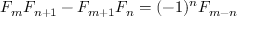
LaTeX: F _ { m } F _ { n + 1 } - F _ { m + 1 } F _ { n } = ( - 1 ) ^ { n } F _ { m - n }